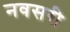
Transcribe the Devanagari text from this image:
नवसरी